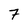
Character: 7